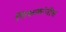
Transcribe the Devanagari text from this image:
शिक्षकांनीच